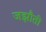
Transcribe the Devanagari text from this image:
जझौती